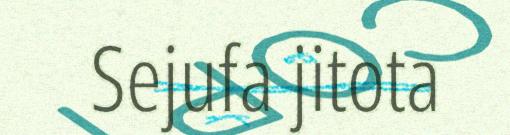
Sejufa jitota